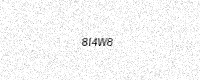
Text: 8I4W8